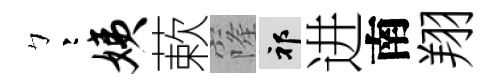
彎姨蔌窿祁进南翔